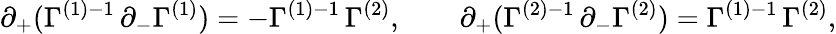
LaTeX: \partial_{+}(\Gamma^{(1)-1}\, \partial_{-}\Gamma^{(1)})=-\Gamma^{(1)-1}\, \Gamma^{(2)},\qquad\partial_{+}(\Gamma^{(2)-1}\, \partial_{-}\Gamma^{(2)})=\Gamma^{(1)-1}\, \Gamma^{(2)},